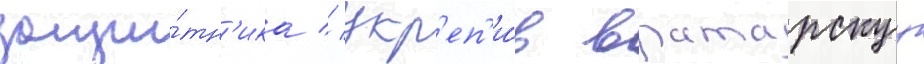
защи́тн'ика // Укр'еп'и́в вратарскуу